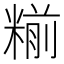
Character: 糋